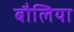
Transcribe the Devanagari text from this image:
बौलिया